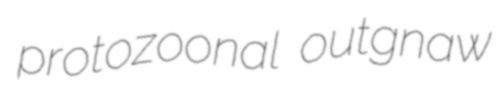
protozoonal outgnaw